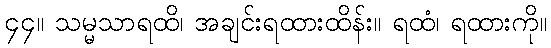
၄၄။ သမ္မသာရထိ၊ အချင်းရထားထိန်း။ ရထံ၊ ရထားကို။